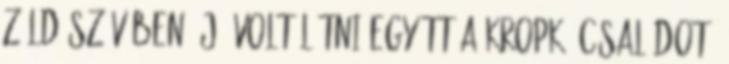
zöld szívében. Jó volt látni együtt a Kropkó családot,